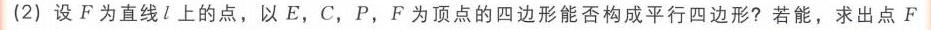
(2) 设 \(F\) 为直线 \(l\) 上的点，以 \(E,C,P,F\) 为顶点的四边形能否构成平行四边形？若能，求出点 \(F\)